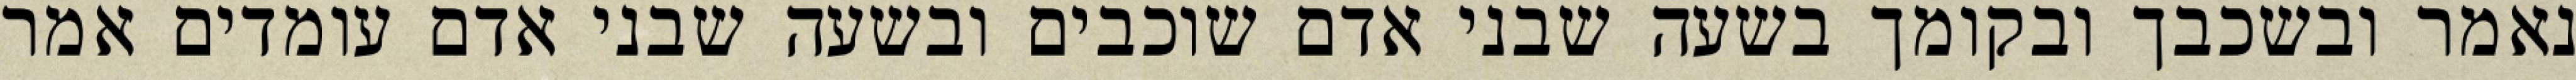
נאמר ובשכבך ובקומך בשעה שבני אדם שוכבים ובשעה שבני אדם עומדים אמר